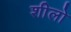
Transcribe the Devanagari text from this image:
शीलो